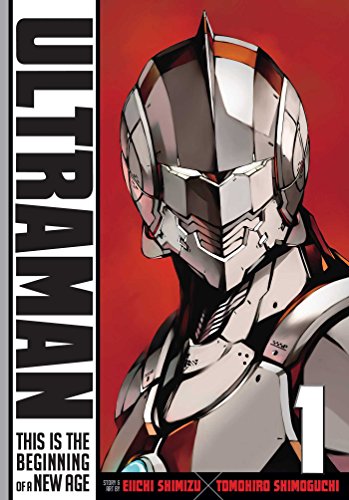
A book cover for Ultraman, Vol. 1; Tomohiro Shimoguchi; Comics & Graphic Novels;